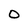
Character: O